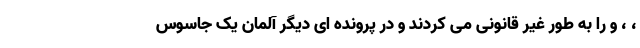
، ، و را به طور غیر قانونی می کردند و در پرونده ای دیگر آلمان یک جاسوس